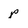
Character: p